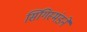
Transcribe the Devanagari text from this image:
सिगिस्मंडने